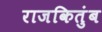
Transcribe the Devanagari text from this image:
राजकितुंब